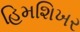
હિમશિખર